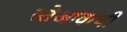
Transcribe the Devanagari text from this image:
स्तेआवाची